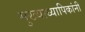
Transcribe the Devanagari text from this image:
मुख्याध्यापिकांनी